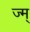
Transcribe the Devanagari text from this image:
ज्म्